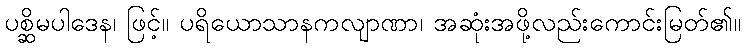
ပစ္ဆိမပါဒေန၊ ဖြင့်။ ပရိယောသာနကလျာဏာ၊ အဆုံးအဖို့လည်းကောင်းမြတ်၏။